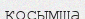
қосымша